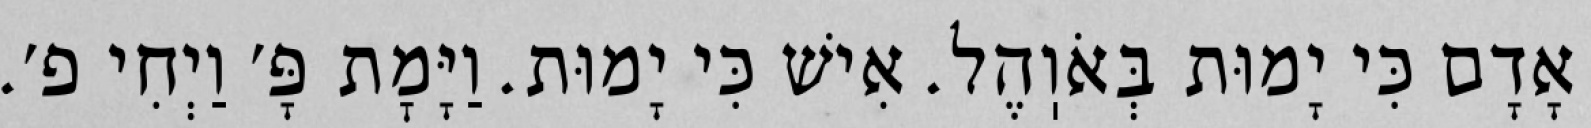
אָדָם כִּי יָמוּת בְּאֹוֽהֶל. אִישׁ כִּי יָמוּת. וַיָּמׇת פָּ׳ וַיְחִי פ׳.